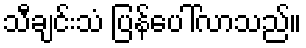
သီချင်းသံ ပြန်ပေါ်လာသည်။